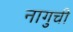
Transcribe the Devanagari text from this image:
नागुची